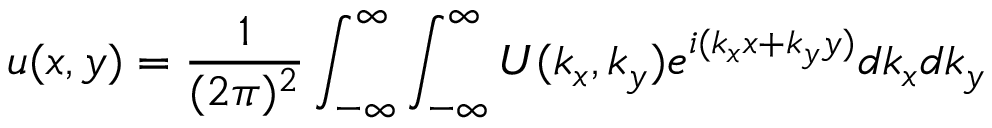
u ( x , y ) = { \frac { 1 } { ( 2 \pi ) ^ { 2 } } } \int _ { - \infty } ^ { \infty } \int _ { - \infty } ^ { \infty } U ( k _ { x } , k _ { y } ) e ^ { i ( k _ { x } x + k _ { y } y ) } d k _ { x } d k _ { y }